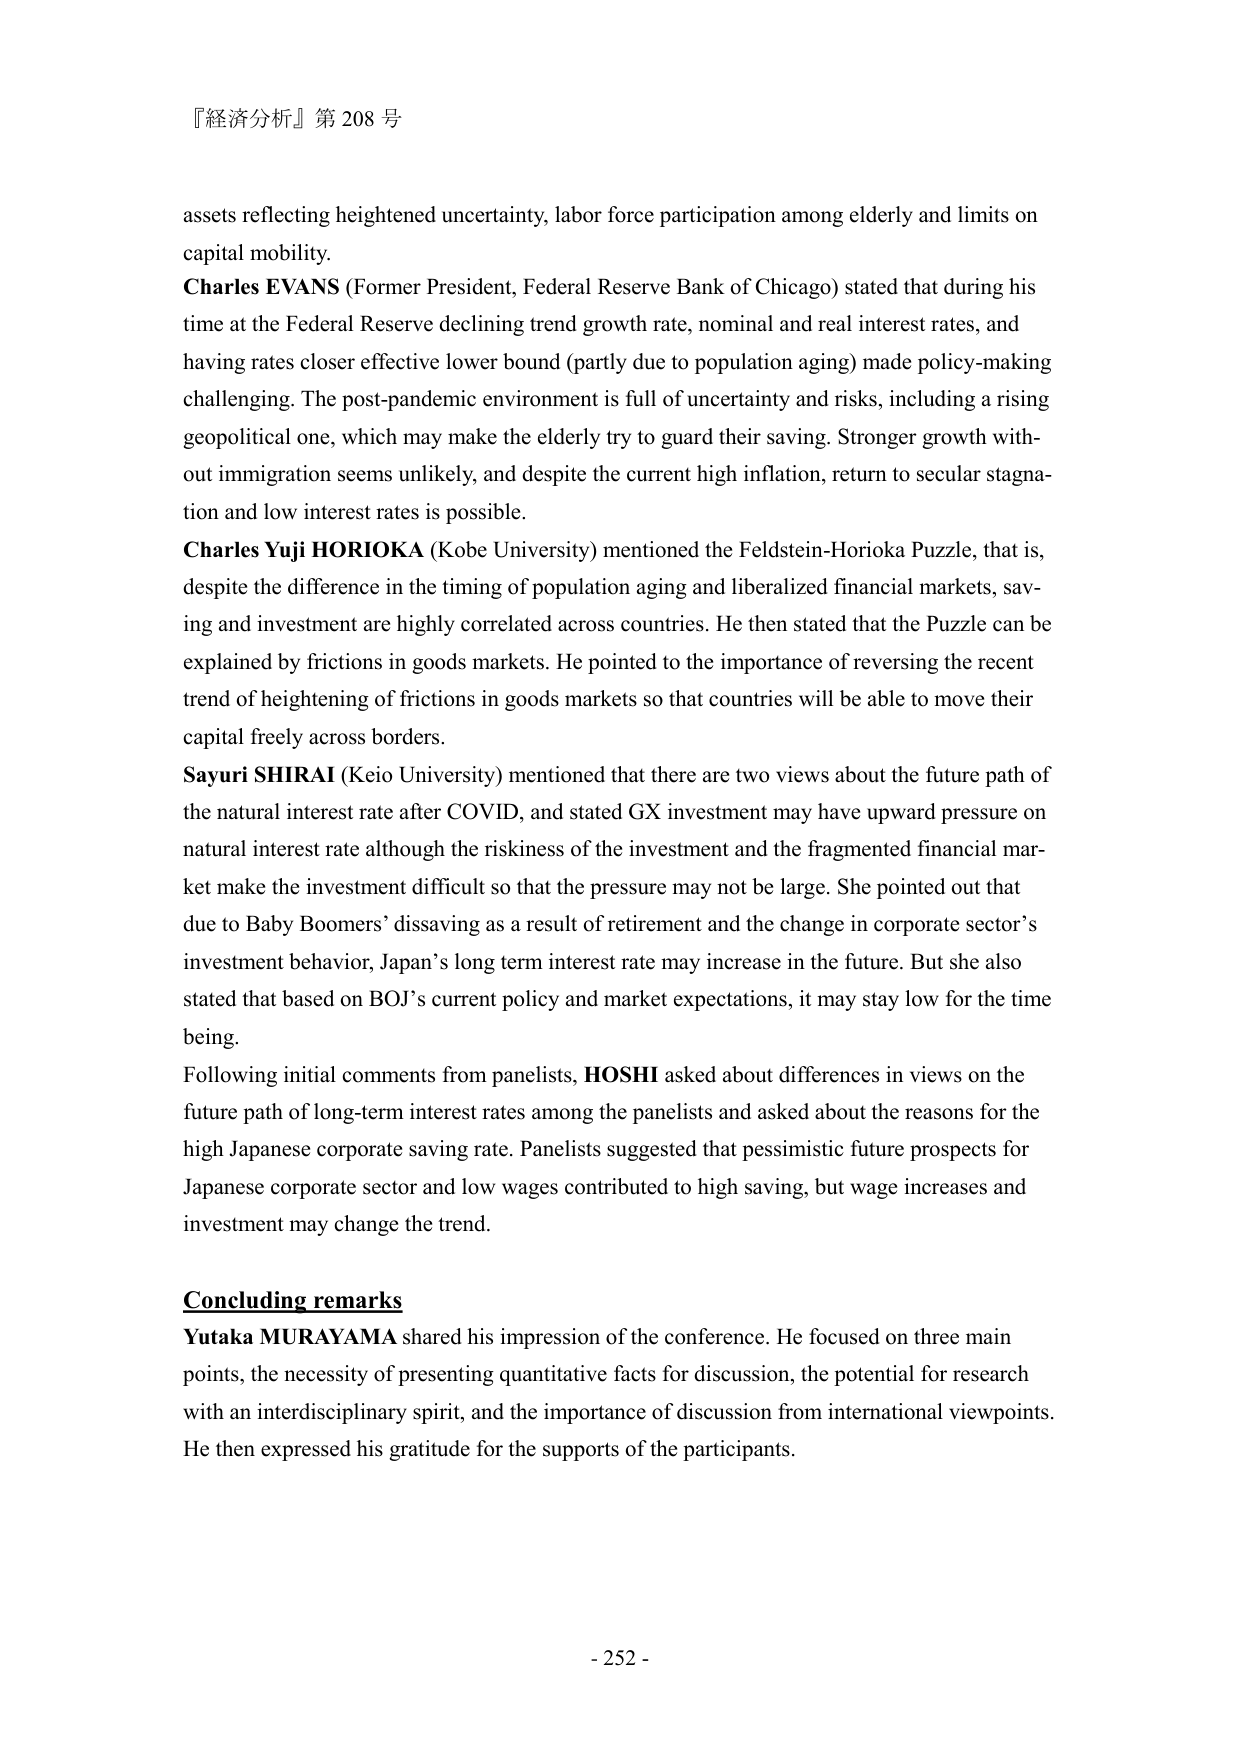
『経済分析』第 208 号

assets reflecting heightened uncertainty, labor force participation among elderly and limits on capital mobility.
Charles EVANS (Former President, Federal Reserve Bank of Chicago) stated that during his time at the Federal Reserve declining trend growth rate, nominal and real interest rates, and having rates closer effective lower bound (partly due to population aging) made policy-making challenging. The post-pandemic environment is full of uncertainty and risks, including a rising geopolitical one, which may make the elderly try to guard their saving. Stronger growth without immigration seems unlikely, and despite the current high inflation, return to secular stagnation and low interest rates is possible.
Charles Yuji HORIOKA (Kobe University) mentioned the Feldstein-Horioka Puzzle, that is, despite the difference in the timing of population aging and liberalized financial markets, saving and investment are highly correlated across countries. He then stated that the Puzzle can be explained by frictions in goods markets. He pointed to the importance of reversing the recent trend of heightening of frictions in goods markets so that countries will be able to move their capital freely across borders.
Sayuri SHIRAI (Keio University) mentioned that there are two views about the future path of the natural interest rate after COVID, and stated GX investment may have upward pressure on natural interest rate although the riskiness of the investment and the fragmented financial market make the investment difficult so that the pressure may not be large. She pointed out that due to Baby Boomers’ dissaving as a result of retirement and the change in corporate sector’s investment behavior, Japan’s long term interest rate may increase in the future. But she also stated that based on BOJ’s current policy and market expectations, it may stay low for the time being.
Following initial comments from panelists, HOSHI asked about differences in views on the future path of long-term interest rates among the panelists and asked about the reasons for the high Japanese corporate saving rate. Panelists suggested that pessimistic future prospects for Japanese corporate sector and low wages contributed to high saving, but wage increases and investment may change the trend.

Concluding remarks
Yutaka MURAYAMA shared his impression of the conference. He focused on three main points, the necessity of presenting quantitative facts for discussion, the potential for research with an interdisciplinary spirit, and the importance of discussion from international viewpoints. He then expressed his gratitude for the supports of the participants.

- 252 -